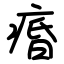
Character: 痻